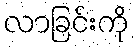
လာခြင်းကို